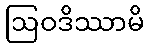
ဩဝဒိဿာမိ